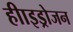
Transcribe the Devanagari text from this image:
हीाइड्रोजन